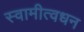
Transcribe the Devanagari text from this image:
स्वामीत्वधन